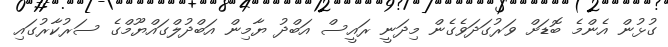
ގުޅުން އެންމެ ބޮޑަށް ވަރުގަދަވެގެން މިދަނީ ރައީސް އަބްދު ޔާމިން އަބްދުލްގައްޔޫމްގެ ސަރުކާރުގައި